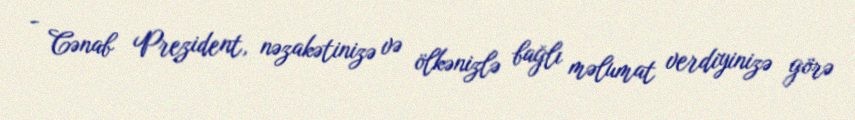
- Cənab Prezident, nəzakətinizə və ölkənizlə bağlı məlumat verdiyinizə görə